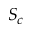
S _ { c }